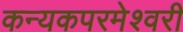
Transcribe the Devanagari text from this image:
कन्‍यकपरमेश्‍वरी